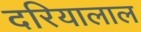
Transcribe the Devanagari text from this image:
दरियालाल